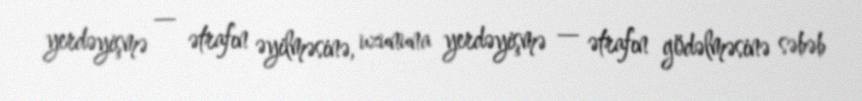
yerdəyişmə — ətrafın əyilməsinə, uzununa yerdəyişmə — ətrafın gödəlməsinə səbəb